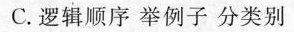
C.逻辑顺序 举例子 分类别